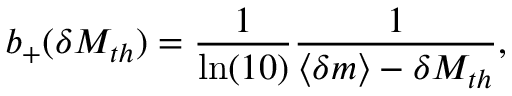
b _ { + } ( \delta M _ { t h } ) = \frac { 1 } { \ln ( 1 0 ) } \frac { 1 } { \langle \delta m \rangle - \delta M _ { t h } } ,